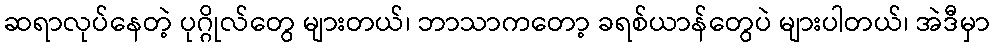
ဆရာလုပ်နေတဲ့ ပုဂ္ဂိုလ်တွေ များတယ်၊ ဘာသာကတော့ ခရစ်ယာန်တွေပဲ များပါတယ်၊ အဲဒီမှာ